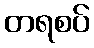
တရစပ်